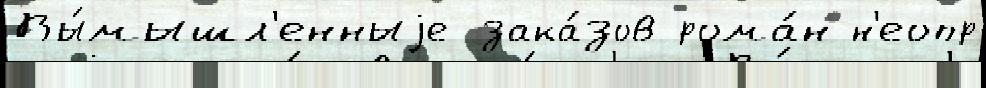
Вы́мышл'енныjе зака́зов рома́н н'еопр